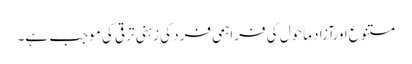
متنوع اورآزاد ماحول کی فراہمی فرد کی زہنی ترقی کی موجب ہے۔